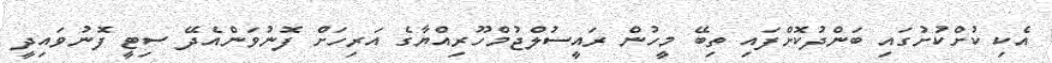
އެކި ކުށްކުށުގައި ބަންދުކޮށްފައި ތިބޭ މީހުން ރައީސުލްޖުމްހޫރިއްޔާގެ އަރިހަށް ފޮނުވަންއެދޭ ސިޓީ ފޮނުވައިދީ